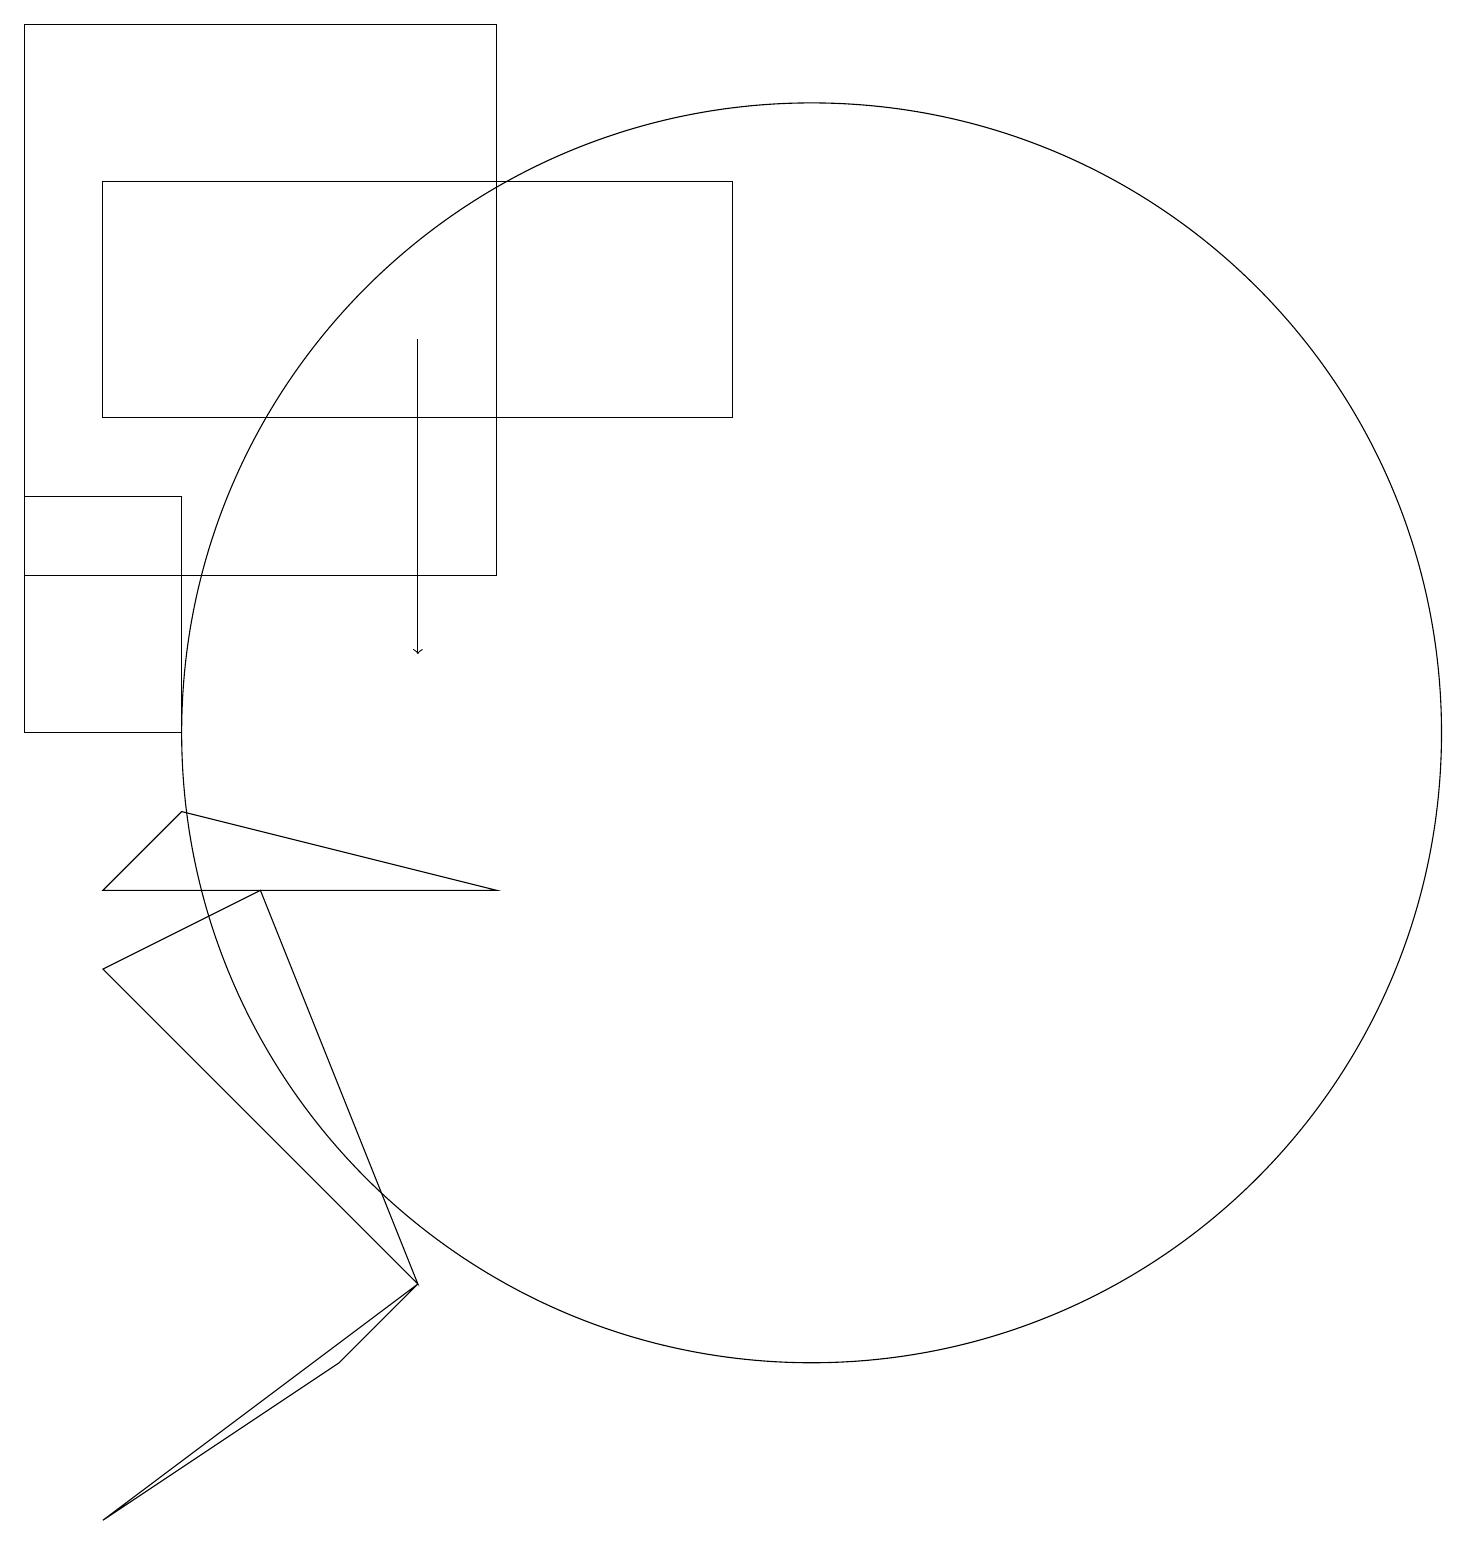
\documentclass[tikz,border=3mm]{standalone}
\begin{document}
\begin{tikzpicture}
\draw (2,9) -- (6,8) -- (1,8) -- cycle;
\draw (0,10) rectangle (2,13);
\draw (10,10) circle (8);
\draw (3,8) -- (5,3) -- (1,7) -- cycle;
\draw[->] (5,15) -- (5,11);
\draw (1,14) rectangle (9,17);
\draw (1,0) -- (5,3) -- (4,2) -- cycle;
\draw (6,12) rectangle (0,19);
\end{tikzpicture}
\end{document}